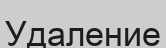
Удаление